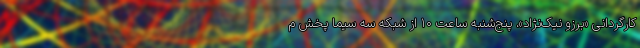
کارگردانی «برزو نیک‌نژاد»، پنج‌شنبه ساعت ۱۰ از شبکه سه سیما پخش م